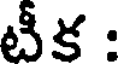
టీక :